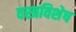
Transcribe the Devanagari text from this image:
वस्त्रविशेष